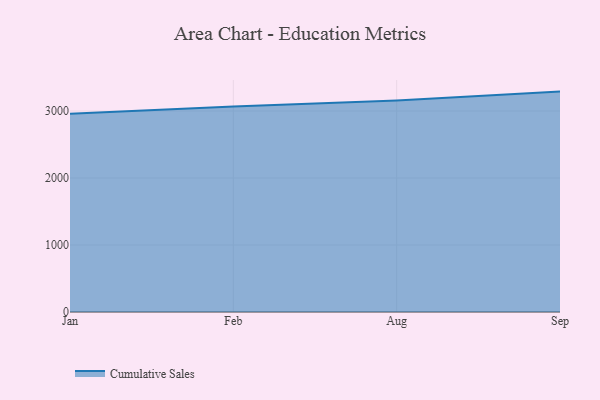
{"axis": {"x": "Month", "y": "Conversion Rate (%)"}, "legend": ["Cumulative Sales"], "data": [{"x": "Jan", "y": 2958.6, "type": "Cumulative Sales"}, {"x": "Feb", "y": 3069.5, "type": "Cumulative Sales"}, {"x": "Aug", "y": 3158.0, "type": "Cumulative Sales"}, {"x": "Sep", "y": 3290.2, "type": "Cumulative Sales"}]}